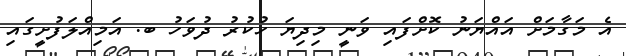
އެ މަގާމަށް އައްޔަނު ކޮށްފައި ވަނީ މިދިޔަ ހުކުރު ދުވަހު ބ. އަމިއްލަފުށީގައި